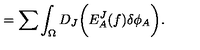
= \sum \int _ { \Omega } D _ { J } \biggl ( E _ { A } ^ { J } ( f ) \delta \phi _ { A } \biggr ) .